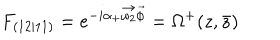
F _ { ( 1 2 \vert 1 1 ) } = e ^ { - i \alpha _ { + } \vec { \omega _ { 2 } } \vec { \phi } } = \Omega ^ { + } ( z , \bar { z } )